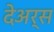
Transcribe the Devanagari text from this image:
देअर्स